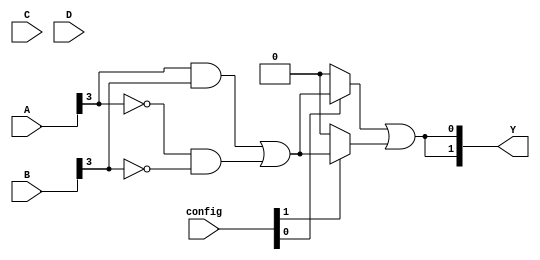
module SPAL (
    input wire [n-1:0] A,          // Input signals
    input wire [m-1:0] B,
    input wire [p-1:0] C,
    input wire [q-1:0] D,
    input wire [AND_GATE_COUNT-1:0] config, // Configuration for AND gates
    output wire [OUTPUT_COUNT-1:0] Y       // Output signals
);

parameter n = 4; // Number of input bits for A, B, C, D
parameter m = 4;
parameter p = 4;
parameter q = 4;
parameter AND_GATE_COUNT = 8; // Number of AND gates
parameter OUTPUT_COUNT = 2;     // Number of outputs

// Programmable AND array
wire [AND_GATE_COUNT-1:0] and_out;

// Each AND gate can have up to 4 inputs
genvar i;
generate
    for (i = 0; i < AND_GATE_COUNT; i = i + 1) begin: and_gate
        assign and_out[i] = (config[i]) ? ((A[n-1] & B[m-1]) | (~A[n-1] & ~B[m-1])) : 1'b0; // Example logic
    end
endgenerate

// Fixed OR array
generate
    for (i = 0; i < OUTPUT_COUNT; i = i + 1) begin: or_gate
        assign Y[i] = and_out[0] | and_out[1]; // Combine outputs of AND gates as per design
    end
endgenerate

endmodule